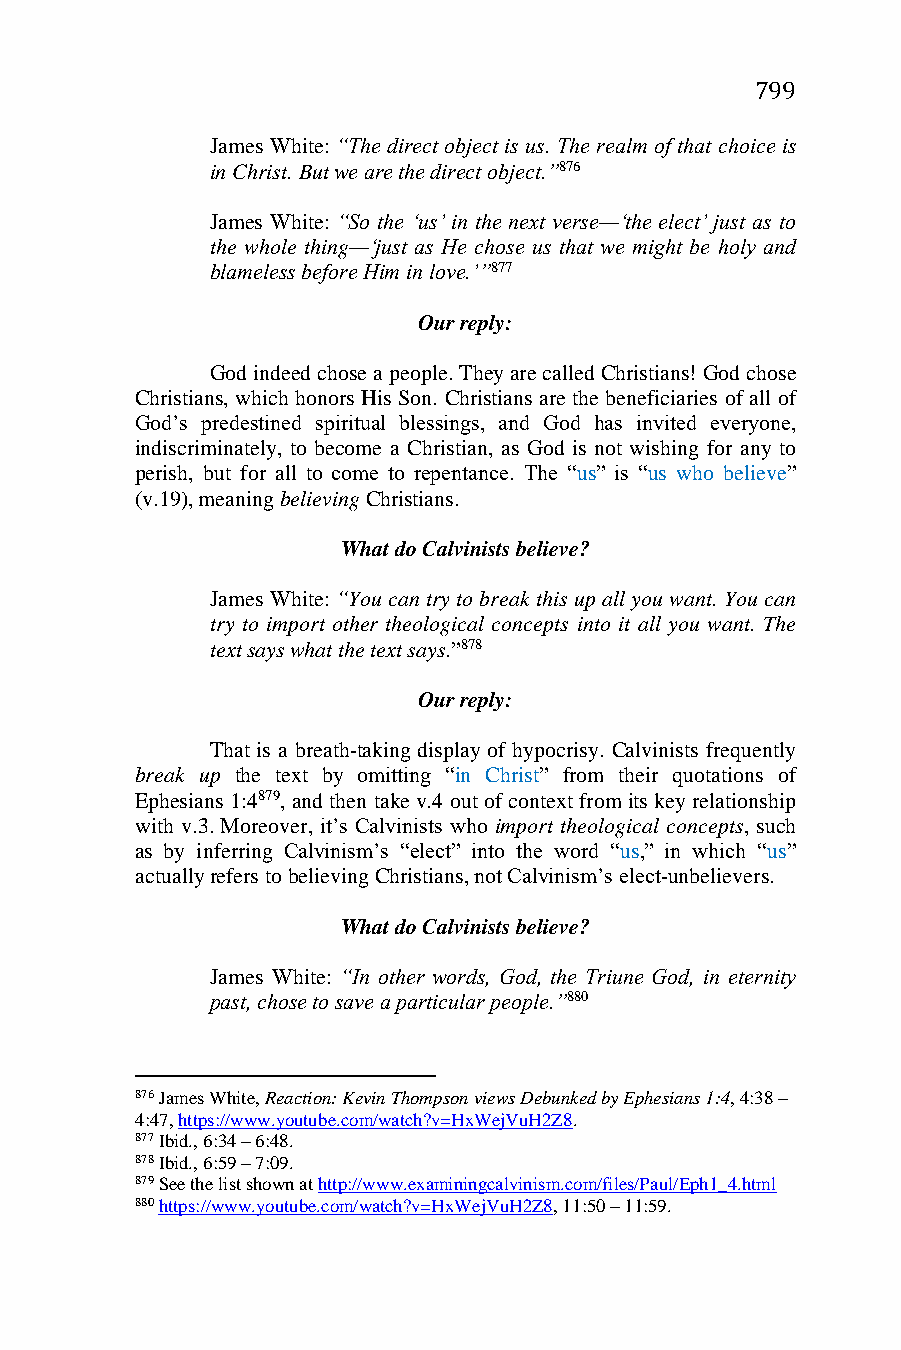
799
 James White: “The direct object is us. The realm of that choice is
 in Christ. But we are the direct object.”876
 James White: “So the ‘us’ in the next verse—‘the elect’ just as to
 the whole thing—‘just as He chose us that we might be holy and
 blameless before Him in love.’”877
 Our reply:
 God indeed chose a people. They are called Christians! God chose
 Christians, which honors His Son. Christians are the beneficiaries of all of
 God’s predestined spiritual blessings, and God has invited everyone,
 indiscriminately, to become a Christian, as God is not wishing for any to
 perish, but for all to come to repentance. The “us” is “us who believe”
 (v.19), meaning believing Christians.
 What do Calvinists believe?
 James White: “You can try to break this up all you want. You can
 try to import other theological concepts into it all you want. The
 text says what the text says.”878
 Our reply:
 That is a breath-taking display of hypocrisy. Calvinists frequently
 break up the text by omitting “in Christ” from their quotations of
 Ephesians 1:4879, and then take v.4 out of context from its key relationship
 with v.3. Moreover, it’s Calvinists who import theological concepts, such
 as by inferring Calvinism’s “elect” into the word “us,” in which “us”
 actually refers to believing Christians, not Calvinism’s elect-unbelievers.
 What do Calvinists believe?
 James White: “In other words, God, the Triune God, in eternity
 past, chose to save a particular people.”880
 876 James White, Reaction: Kevin Thompson views Debunked by Ephesians 1:4, 4:38 –
 4:47, https://www.youtube.com/watch?v=HxWejVuH2Z8.
 877 Ibid., 6:34 – 6:48.
 878 Ibid., 6:59 – 7:09.
 879 See the list shown at http://www.examiningcalvinism.com/files/Paul/Eph1_4.html
 880 https://www.youtube.com/watch?v=HxWejVuH2Z8, 11:50 – 11:59.